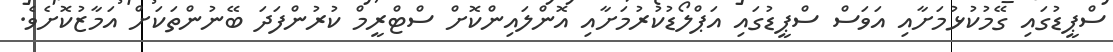
ސްޕީޑުގައި ގޭމުކުޅުމަށާއި އަވަސް ސްޕީޑުގައި އަޕްލޯޑުކުރުމަށާއި އޮންލައިންކޮށް ސްޓްރީމް ކުރުންފަދަ ބޭނުންތަކަށް އަމާޒުކޮށެވެ.